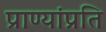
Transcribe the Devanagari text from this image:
प्राण्यांप्रति